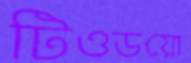
টিওডয়ো